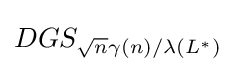
DGS_{{\sqrt {n}}\gamma (n)/\lambda (L^{*})}